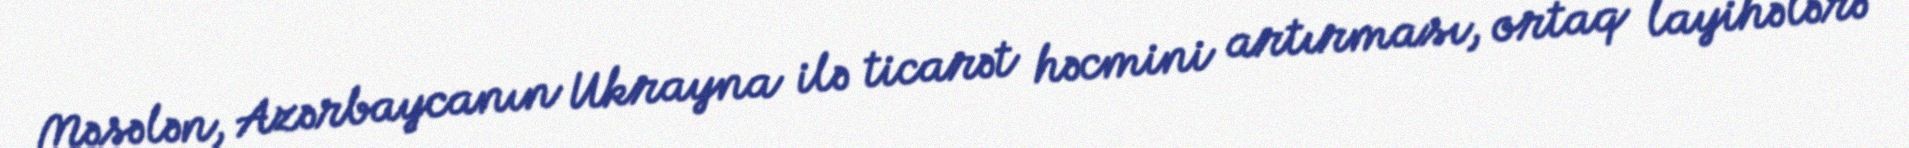
Məsələn, Azərbaycanın Ukrayna ilə ticarət həcmini artırması, ortaq layihələrə